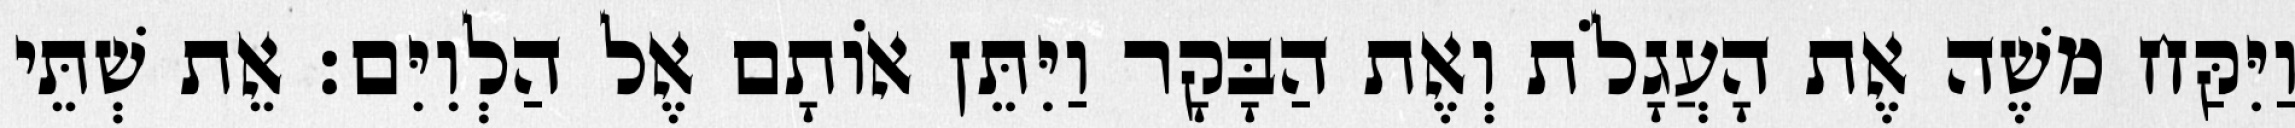
וַיִּקַּח משֶׁה אֶת הָעֲגָלֹת וְאֶת הַבָּקָר וַיִּתֵּן אוֹתָם אֶל הַלְוִיִּם׃ אֵת שְׁתֵּי